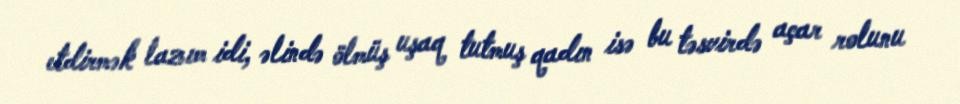
etdirmək lazım idi, əlində ölmüş uşaq tutmuş qadın isə bu təsvirdə açar rolunu